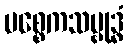
ပစ္စေကသမ္ဗုဒ္ဓံ